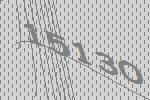
15130